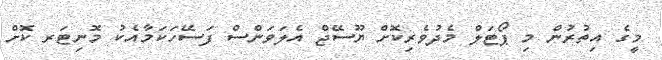
މީގެ އިތުރުން މި ޕޯޓަލް މެދުވެރިކޮށް ޔޫސޭޖް އެލަވަންސް ފަސޭހަކަމާއެކު މޮނިޓަރ ކޮށް